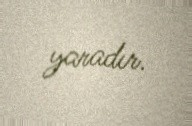
yaradır.